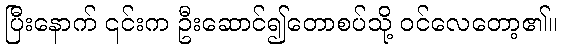
ပြီးနောက် ၎င်းက ဦးဆောင်၍တောစပ်သို့ ဝင်လေတော့၏။